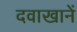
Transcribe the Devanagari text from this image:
दवाखानें